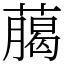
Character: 﨟